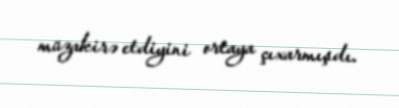
müzakirə etdiyini ortaya çıxarmışdı.